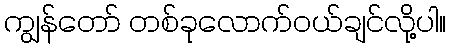
ကျွန်တော် တစ်ခုလောက်ဝယ်ချင်လို့ပါ။